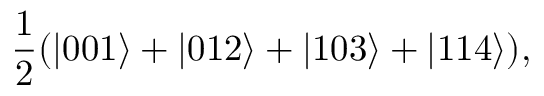
\frac { 1 } { 2 } ( | 0 0 1 \rangle + | 0 1 2 \rangle + | 1 0 3 \rangle + | 1 1 4 \rangle ) ,